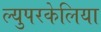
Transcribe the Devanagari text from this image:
ल्युपरकेलिया